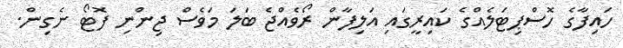
ހައިފާގެ ހޮސްޕިޓަލެއްގެ ކައިރީގައި އަލިފާން ރޯވެއްޖެ ބަލަ މަވެސް ޖިންނި ފޮޓޯ ނެގިން.